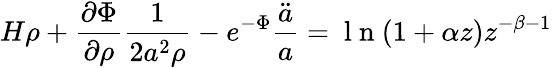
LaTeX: H\rho+\frac{\partial\Phi}{\partial\rho}\frac{1}{2a^{2}\rho}-e^{-\Phi}\frac{\ddot{a}}{a}=\mathrm{~l~n~}(1+\alpha z)z^{-\beta-1}